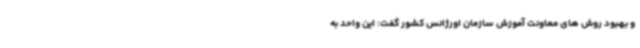
و بهبود روش های معاونت آموزش سازمان اورژانس کشور گفت: این واحد به